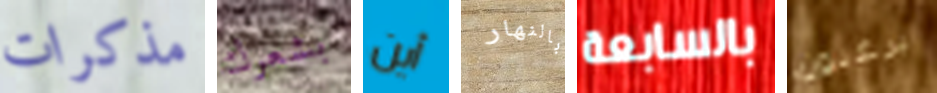
مذكرات بشعرك أين بالنهار بالسابعة يرغبون